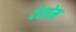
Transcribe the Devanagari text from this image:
देश्प्रेम